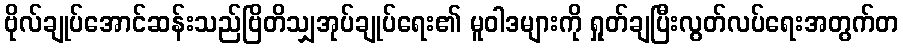
ဗိုလ်ချုပ်အောင်ဆန်းသည်ဗြိတိသျှအုပ်ချုပ်ရေး၏ မူဝါဒများကို ရှုတ်ချပြီးလွတ်လပ်ရေးအတွက်တ